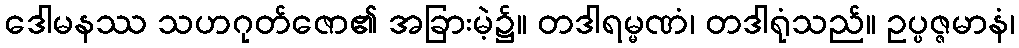
ဒေါမနဿ သဟဂုတ်ဇော၏ အခြားမဲ့၌။ တဒါရမ္မဏံ၊ တဒါရုံသည်။ ဥပ္ပဇ္ဇမာနံ၊